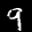
Label: 9